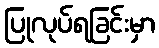
ပြုလုပ်ရခြင်းမှာ